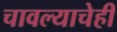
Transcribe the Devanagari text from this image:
चावल्याचेही